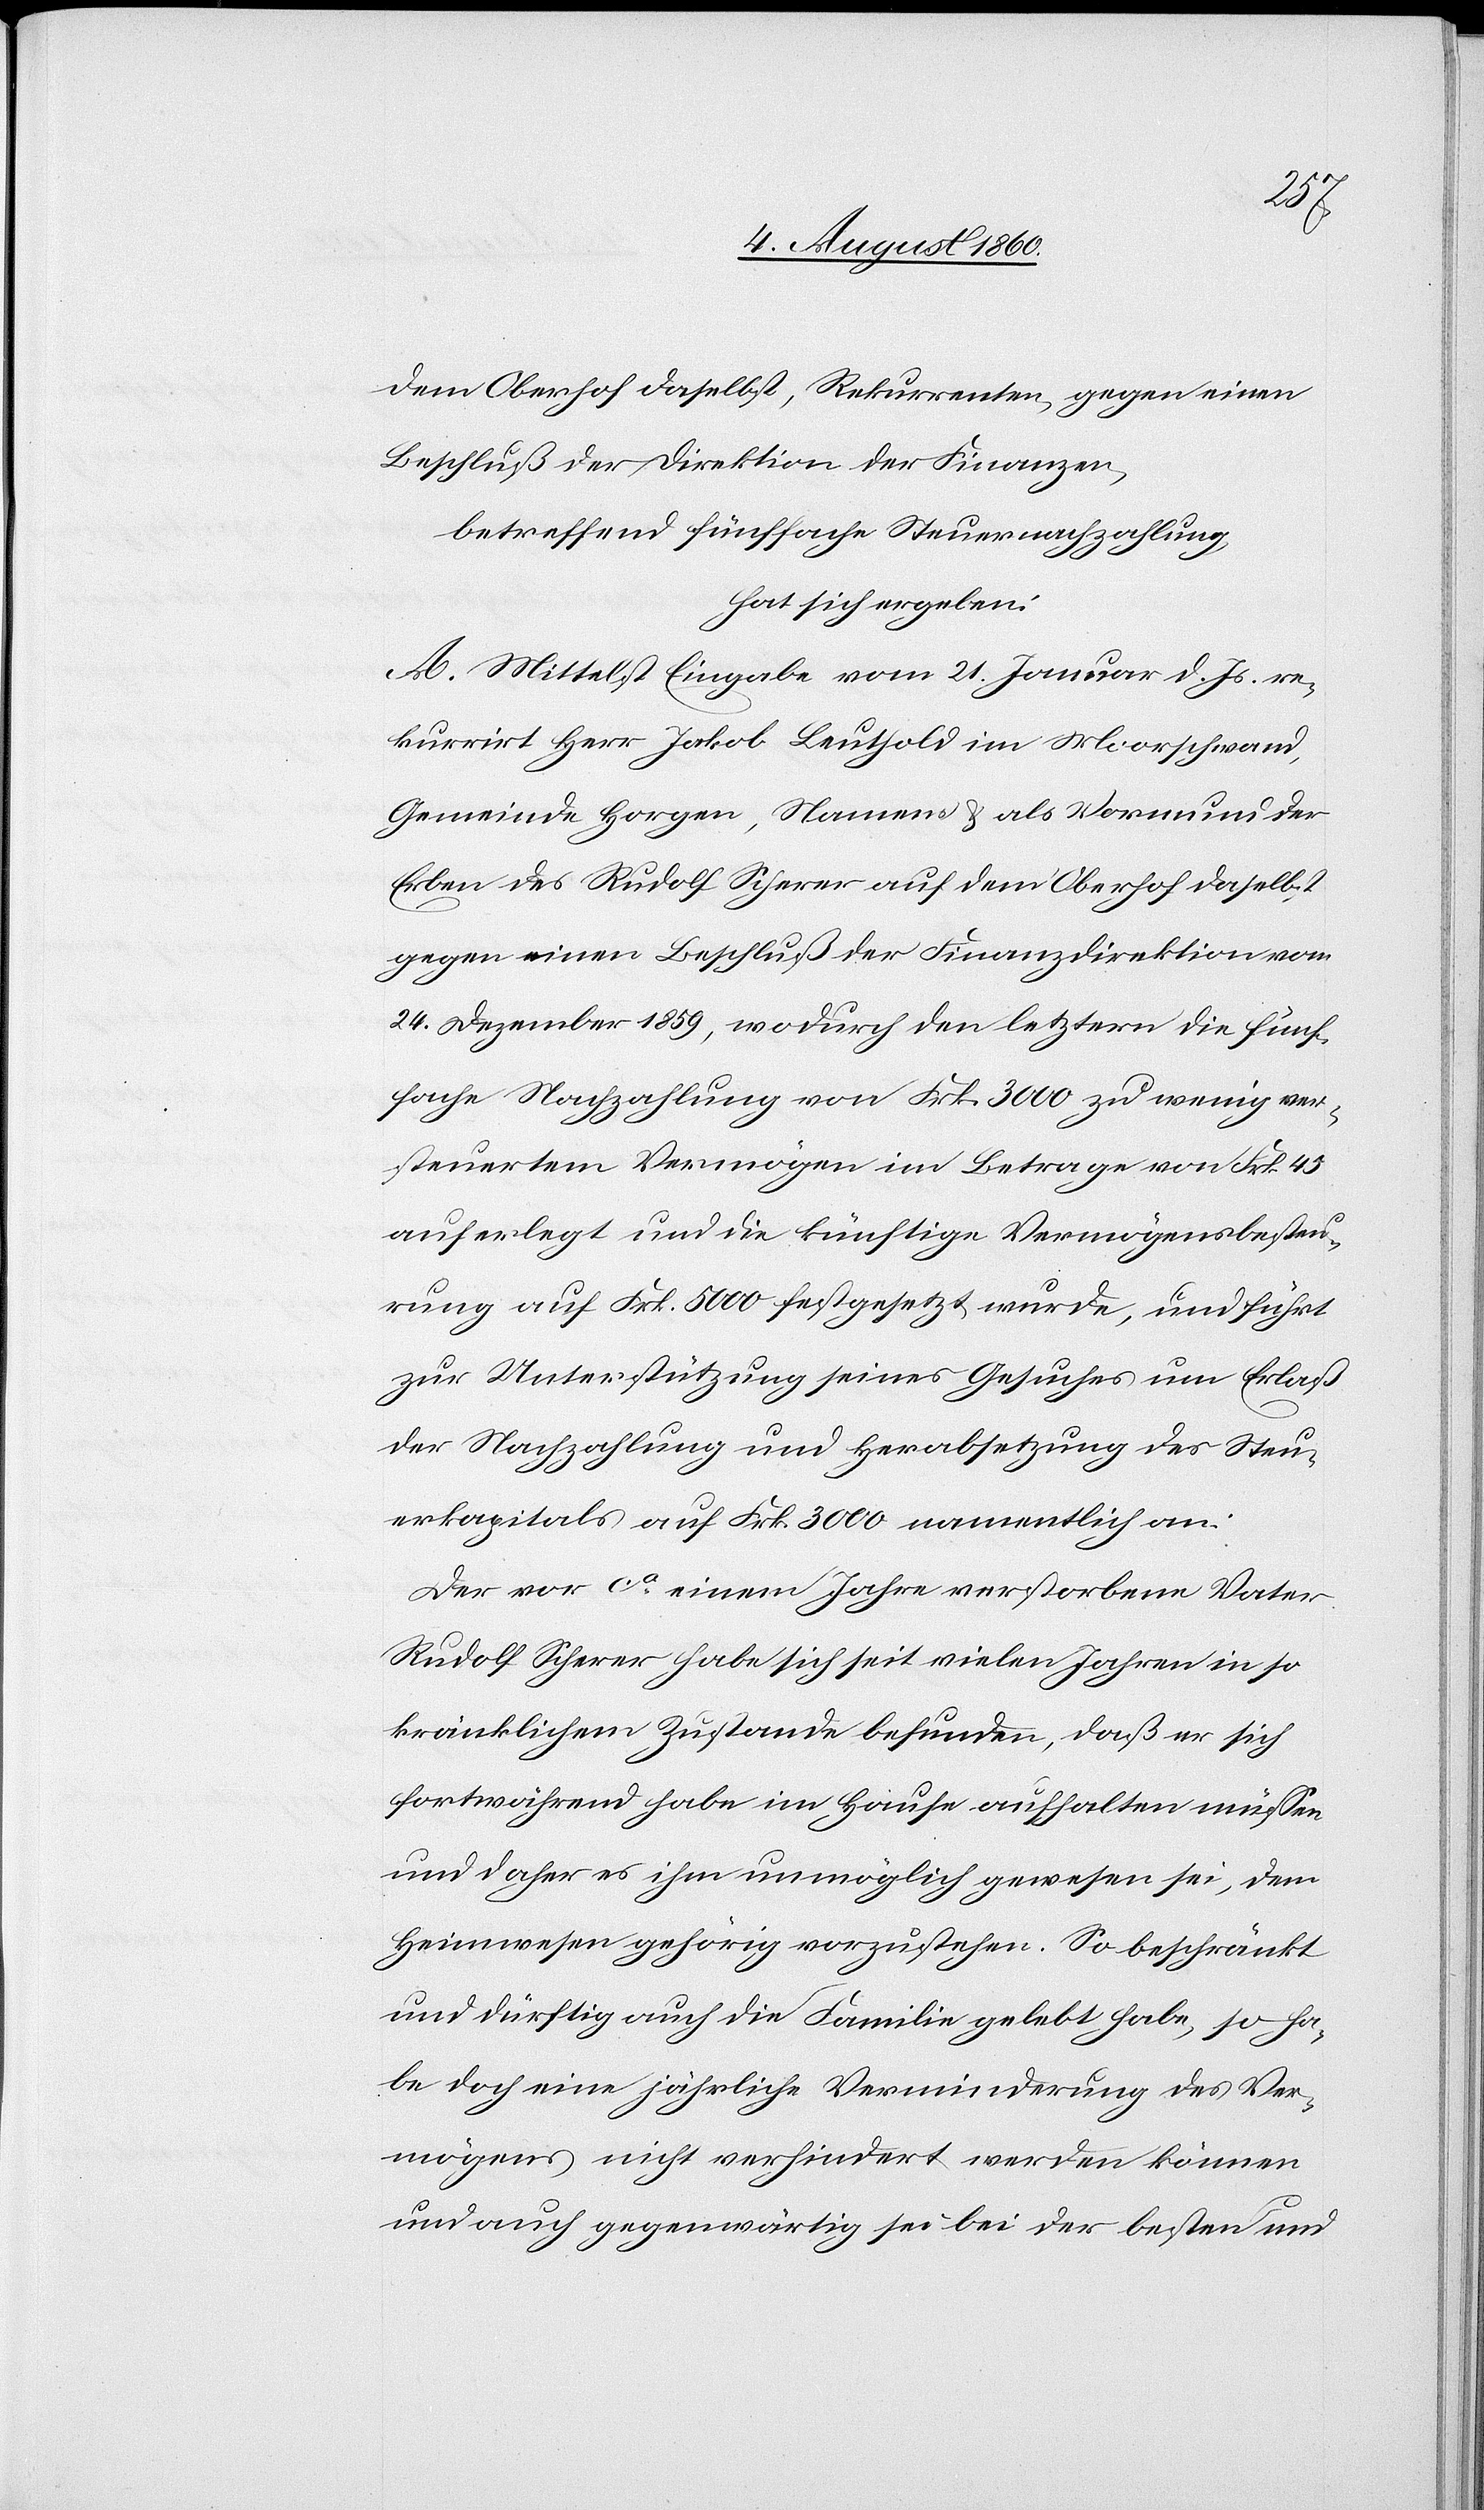
dem Oberhof daselbst, Rekurrenten gegen einen
Beschluß der Direktion der Finanzen,
betreffend fünffache Steuernachzahlung
hat sich ergeben:
A. Mittelst Eingabe vom 21. Januar d. Js. re¬
kurrirt Herr Jakob Leuthold im Morschwand
Gemeinde Horgen, Namens u. als Vormund der
Erben des Rudolf Schärer [sic!] auf dem Oberhof daselbst
gegen einen Beschluss der Finanzdirektion vom
24. Dezember 1859, wodurch den Letztern die fünf¬
fache Nachzahlung von Frk. 3000 zu wenig ver¬
steuertem Vermögen im Betrage von fcs. 45.
auferlegt und die künftige Vermögensbesteu¬
rung auf Frk. 5000 festgesetzt wurde, und führt
zur Unterstützung seines Gesuches um Erlaß
der Nachzahlung und Herabsetzung des Steu¬
erkapitals auf Frk. 3000 namentlich an:
Der vor ca einem Jahr verstorbene Vater
Rudolf Schärer habe sich seit vielen Jahren in so
kränklichem Zustande befunden, dass er sich
fortwährend habe im Hause aufhalten müssen
und daher es ihm unmöglich gewesen sei, dem
Heimwesen gehörig vorzustehen. So beschränkt
und dürftig auch die Familie gelebt habe, so ha¬
be doch eine jährliche Verminderung des Ver¬
mögens nicht verhindert werden können
und auch gegenwärtig sei bei der besten &